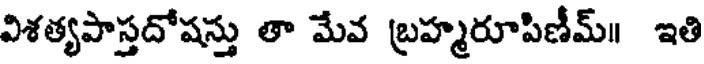
విశత్యపాస్తదోషస్తు తా మేవ బ్రహ్మరూపిణీమ్॥ ఇతి